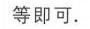
等即可.